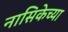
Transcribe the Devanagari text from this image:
नासिकेच्या